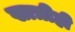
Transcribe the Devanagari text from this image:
खात्रीही